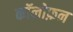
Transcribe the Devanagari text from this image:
कॉलोफ़न